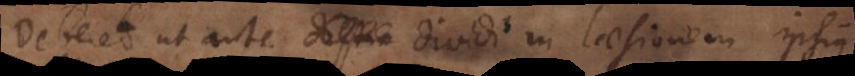
Deberet ut ante distin dividi in laesionem ipsius